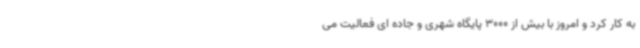
به کار کرد و امروز با بیش از 3000 پایگاه شهری و جاده ای فعالیت می